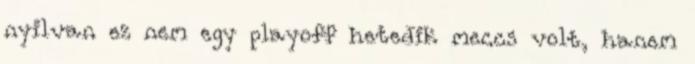
nyilvan ez nem egy playoff hetedik meccs volt, hanem